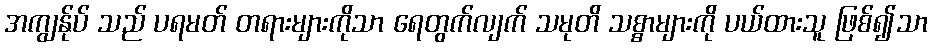
အကျွန်ုပ် သည် ပရမတ် တရားများကိုသာ ရေတွက်လျက် သမုတိ သစ္စာများကို ပယ်ထားသူ ဖြစ်၍သာ